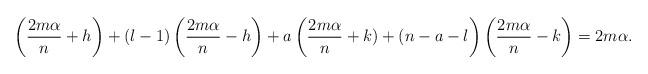
LaTeX: \begin{align*} \left(\frac{2m\alpha}{n}+h\right)+(l-1)\left(\frac{2m\alpha}{n}-h\right)+a\left(\frac{2m\alpha}{n}+k) +(n-a-l\right)\left(\frac{2m\alpha}{n}-k\right)=2m\alpha.\end{align*}